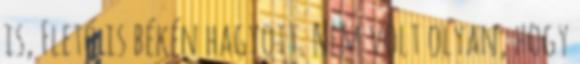
is, Fletó is békén hagyott. Nem volt olyan, hogy